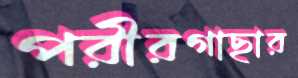
পরীরগাছার